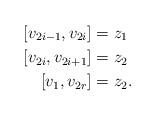
LaTeX: \begin{align*} [v_{2i-1},v_{2i}] &= z_1 \\ [v_{2i},v_{2i+1}] &= z_2 \\ [v_1, v_{2r}] &= z_2. \end{align*}